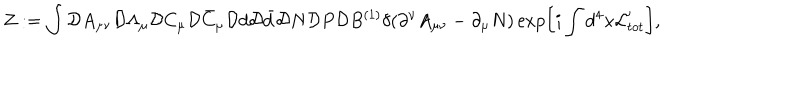
LaTeX: Z : = \int { \cal D } A _ { \mu \nu } { \cal D } \Lambda _ { \mu } { \cal D } C _ { \mu } { \cal D } \bar { C } _ { \mu } { \cal D } d { \cal D } \bar { d } { \cal D } N { \cal D } P { \cal D } B ^ { ( 1 ) } \delta ( \partial ^ { \nu } A _ { \mu \nu } - \partial _ { \mu } N ) \exp \left[ i \int d ^ { 4 } x { \cal L } _ { t o t } ^ { \prime } \right] ,